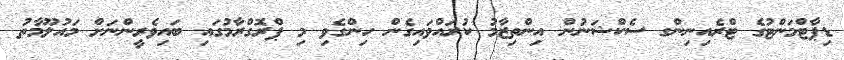
ޑިޕާޓްމަންޓުގެ ޓްރެއިނިންގ ސެކްޝަނުން އިންތިޒާމު ކުރައްވައިގެން ހިންގެވި މި ޕްރޮގްރާމުގައި ބައިވެރީންނަށް މައުލޫމާތު